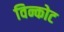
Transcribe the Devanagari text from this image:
विन्कोट